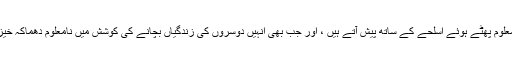
یہ پیشہ ور اس دھمکی کو کم کرنے سے نمٹنے کے ل deal ہیں جو نامعلوم پھٹے ہوئے اسلحے کے ساتھ پیش آتے ہیں ، اور جب بھی انہیں دوسروں کی زندگیاں بچانے کی کوشش میں نامعلوم دھماکہ خیز مواد سے نمٹنے کے لئے کہا جاتا ہے تو ان کی جان کو خطرہ ہوتا ہے۔